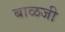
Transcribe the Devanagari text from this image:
बाळजी